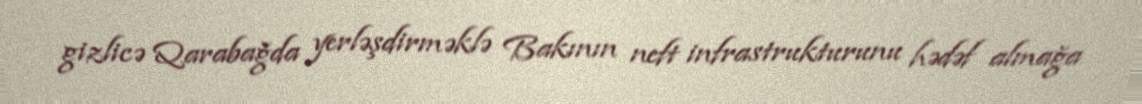
gizlicə Qarabağda yerləşdirməklə Bakının neft infrastrukturunu hədəf almağa